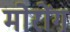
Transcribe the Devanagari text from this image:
मोरोंग